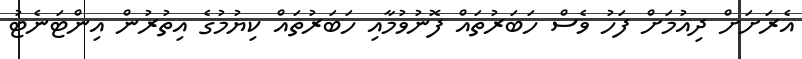
އެރަށަށް ދިއުމަށް ފަހު ވެސް ހަބަރުތައް ފޮނުވުމާއި ހަބަރުތައް ކިޔުމުގެ އިތުރުން އިންޓަނެޓު